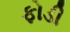
ફોડી